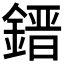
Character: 𨫌